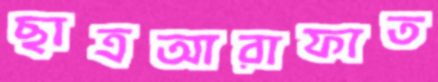
ছাত্রআরাফাত